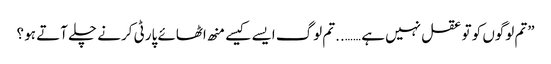
”تم لوگوں کو تو عقل نہیں ہے ……..تم لوگ ایسے کیسے منھ اٹھائے پارٹی کرنے چلے آتے ہو ؟